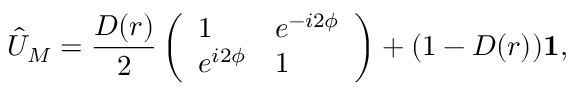
\hat { U } _ { M } = \frac { D ( r ) } { 2 } \left( \begin{array} { l l } { 1 } & { e ^ { - i 2 \phi } } \\ { e ^ { i 2 \phi } } & { 1 } \end{array} \right) + ( 1 - D ( r ) ) \mathbf { 1 } ,